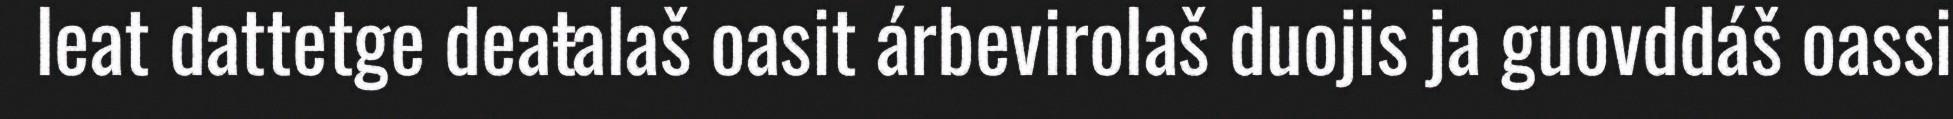
leat dattetge deaŧalaš oasit árbevirolaš duojis ja guovddáš oassi